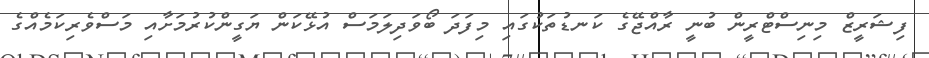
ފިޝަރީޒް މިނިސްޓްރީން ބުނީ ރާއްޖޭގެ ކަނޑުތަކުގައި މިފަދަ ބޯވަދިލަމަސް އުޅޭކަން ޔަގީންކުރުމަށާއި މަސްވެރިކަމެއްގެ